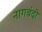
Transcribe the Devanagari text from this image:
नागबंदी